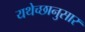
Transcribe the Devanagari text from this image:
यथेच्छानुसार